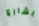
بشارع